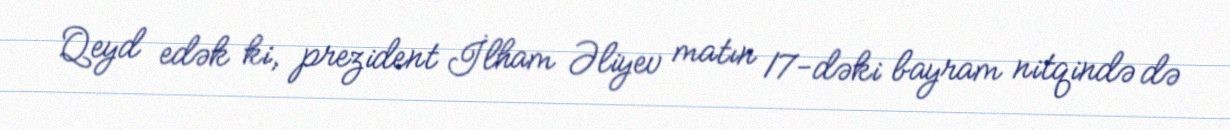
Qeyd edək ki, prezident İlham Əliyev matın 17-dəki bayram nitqində də